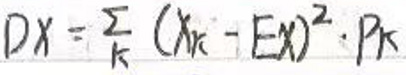
\(DX=\sum_{k}(x_{k}-Ex)^{2}\cdot p_{k}\)